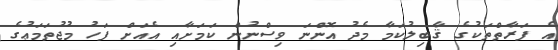
އެ ފަރާތްތަކުގެ ޤާބިލުކަމާ މެދު އޮންނަ ވިސްނުން ކަމަށާއި އެއަށް ފަހު މުޖުތަމަޢުގެ